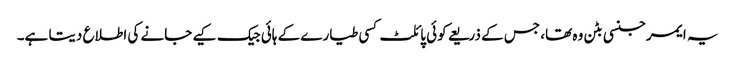
یہ ایمرجنسی بٹن وہ تھا، جس کے ذریعے کوئی پائلٹ کسی طیارے کے ہائی جیک کیے جانے کی اطلاع دیتا ہے۔